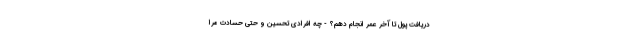
دریافت پول تا آخر عمر انجام دهم؟ - چه افرادی تحسین و حتی حسادت مرا